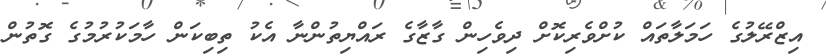
އިޒްރޭލުގެ ހަމަލާތައް ކުށްވެރިކޮށް ދިވެހިން ގާޒާގެ ރައްޔިތުންނާ އެކު ތިބިކަން ހާމަކުރުމުގެ ގޮތުން